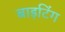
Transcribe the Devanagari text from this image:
बाइटिंग